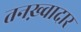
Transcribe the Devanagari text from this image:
तनख़्वादार